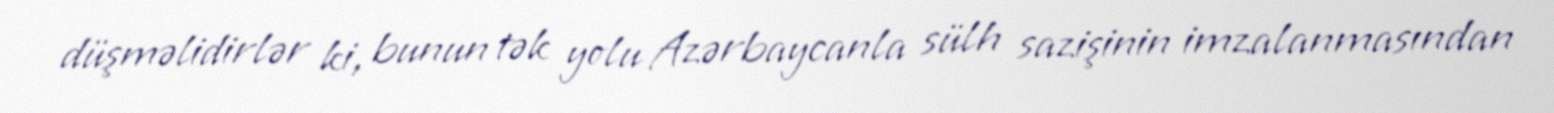
düşməlidirlər ki, bunun tək yolu Azərbaycanla sülh sazişinin imzalanmasından